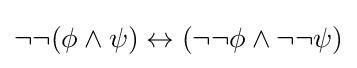
\neg \neg (\phi \land \psi )\leftrightarrow (\neg \neg \phi \land \neg \neg \psi )